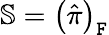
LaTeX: \mathbb{S}=\left(\hat{\pi}\right)_{\mathtt{F}}